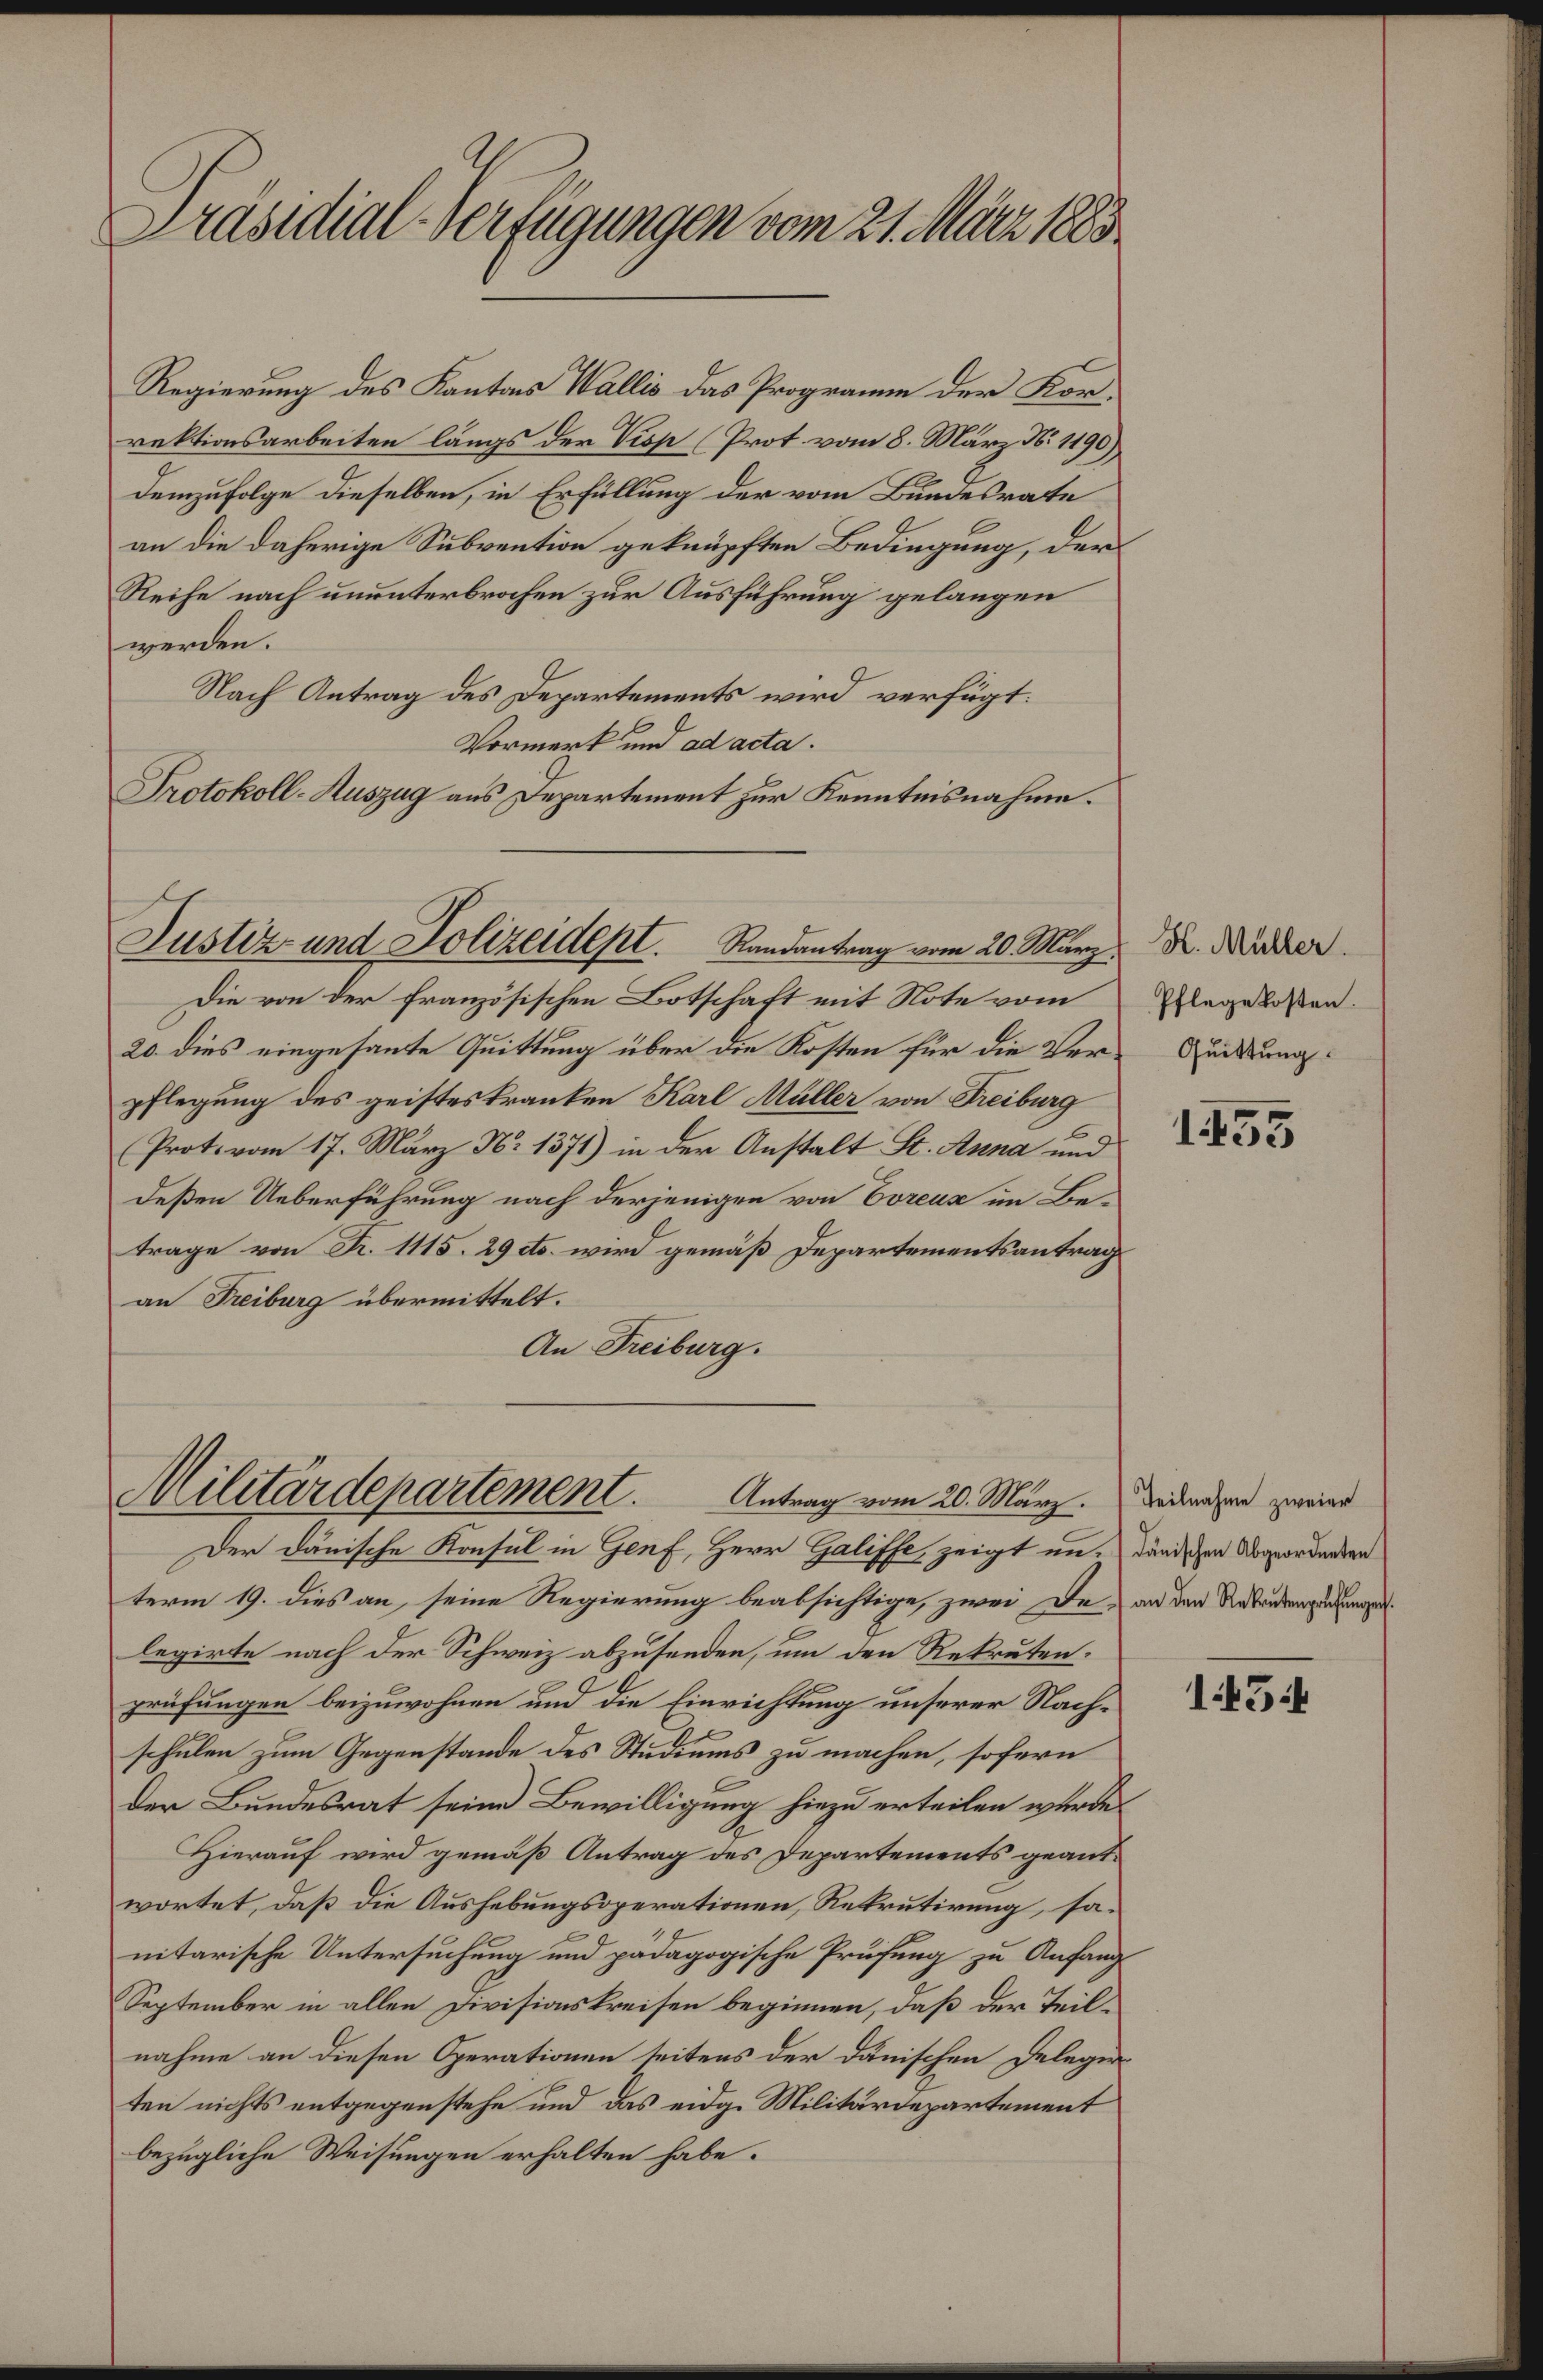
Präsidial-Verfügungen vom 21. März 1883

Regierung des Kantons Wallis das Programme der Korrektionsarbeiten längs der Visp (Prot vom 8. März N. 1190)
Demzufolge dieselben, in Erfüllung der vom Bundesrate
an die daherige Subvention geknüpften Bedingung, der
Reihe nach ununterbrochen zur Ausführung gelangen
werden.
Nach Antrag des Departements wird verfügt:
Vormerk und ad acta.
Protokoll-Auszug aus Departement zur Kenntnisnahme.

Justiz- und Polizeidept. Randantrag vom 20. März.

Die von der französischen Botschaft mit Note vom
20. dies eingesante Quittung über die Kosten für die Verpflegung des geisteskranken Karl Müller von Freiburg
(Prot. vom 17. März No 1371) in der Anstalt St. Anna und
deßen Ueberführung nach derjenigen von Coreuz im Betrage von Fr. 1115. 29 etc. wird gemäß Departementsantrag
an Freiburg übermittelt.
An Freiburg.

Militärdepartement.
Antrag vom 20. März. Teilnahme zweier

Der danische Konsul in Genf, Herr Galiffe, zeigt un- dänischen Abgeordneten
term 19. dies an, seine Regierung beabsichtige, zwei Da, an den Studengerungen
legirte nach der Schweiz abzusenden, um den Rekruten.
prüfungen beizuwohnen und die Einrichtung unserer Nachschulen zum Gegenstände des Studiums zu machen, sofern
der Bundesrat seine Bewilligung hiezu erteilen werde.
Hierauf wird gemäß Antrag des Departements geantwortet, daß die Aushebungsoperationen, Rekrutirung, sa-
nitarische Untersuchung und pädagogische Prüfung zu Anfang¬
September in allen Divisionskreisen beginnen, daß der Teil-
nahme an diesen Operationen seitens der Dänischen Delegieten nichts entgegenstehe und das eidg. Militärdepartement
bezügliche Weisungen erhalten habe.

H. Müller.
Pflegekosten.
Quittung.

1455

1454